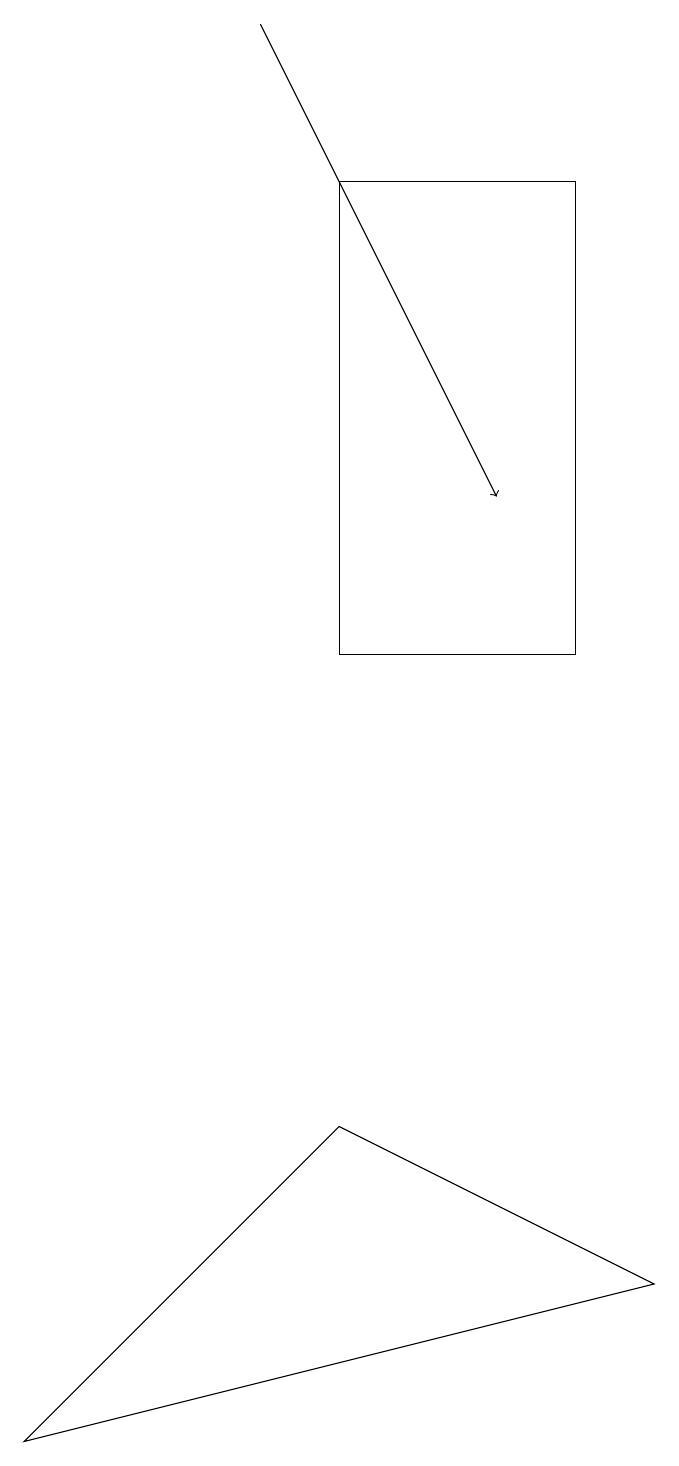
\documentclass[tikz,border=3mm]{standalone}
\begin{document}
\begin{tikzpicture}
\draw[->] (3,19) -- (6,13);
\draw (7,17) rectangle (4,11);
\draw (0,1) -- (4,5) -- (8,3) -- cycle;
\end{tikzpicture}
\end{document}